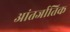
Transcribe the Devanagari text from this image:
आंतर्जातिक